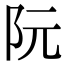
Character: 阮